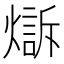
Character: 𤏣